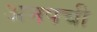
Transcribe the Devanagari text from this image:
अनपची